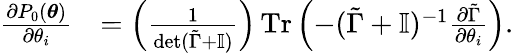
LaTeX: \begin{array}{rl}{\frac{\partial P_{0}(\boldsymbol{\theta})}{\partial\theta_{i}}}&{=\left(\frac{1}{\det(\tilde{\Gamma}+\mathbb{I})}\right)\operatorname{Tr}\left(-(\tilde{\Gamma}+\mathbb{I})^{-1}\frac{\partial\tilde{\Gamma}}{\partial\theta_{i}}\right).}\end{array}